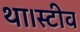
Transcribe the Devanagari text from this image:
था।स्टीव